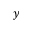
y